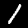
Label: 1